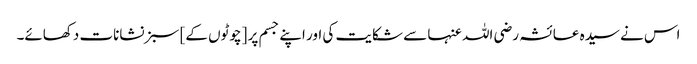
اس نے سیدہ عائشہ رضی اللہ عنہا سے شکایت کی اور اپنے جسم پر [چوٹوں کے] سبز نشانات دکھائے۔